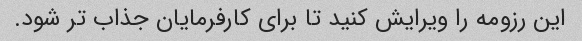
این رزومه را ویرایش کنید تا برای کارفرمایان جذاب تر شود.